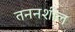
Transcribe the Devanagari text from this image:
तननशील